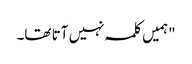
"ہمیں کلمہ نہیں آتا تھا۔